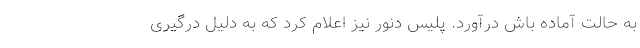
به حالت آماده باش درآورد. پلیس دنور نیز اعلام کرد که به دلیل درگیری